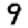
Digit: 9